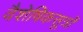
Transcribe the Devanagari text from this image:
वैशेषिकसूत्रों